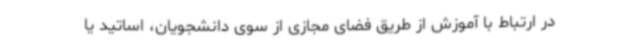
در ارتباط با آموزش از طریق فضای مجازی از سوی دانشجویان، اساتید یا